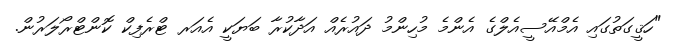
"ހަޤީގަތުގައި އެމްއޭސީއެލްގެ އެންމެ މުހިންމު ދައުރެއް އަދާކުރާ ބަޔަކީ އެއަރ ޓްރެފިކް ކޮންޓްރޯލަރުން.